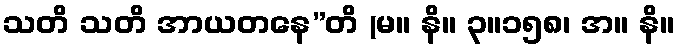
သတိ သတိ အာယတနေ”တိ (မ။ နိ။ ၃။၁၅၈၊ အ။ နိ။